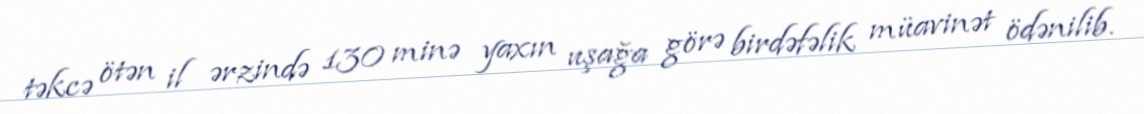
təkcə ötən il ərzində 130 minə yaxın uşağa görə birdəfəlik müavinət ödənilib.